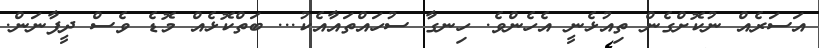
އަސަރެއް ނުކޮށްގެން ތިއުޅެނީ އެހެންވެ. ހިނގާ ސުހައްތައާއެކު... ބަތްކޮޅެއް މޮޑެ ވެސް ދީފާނަން.